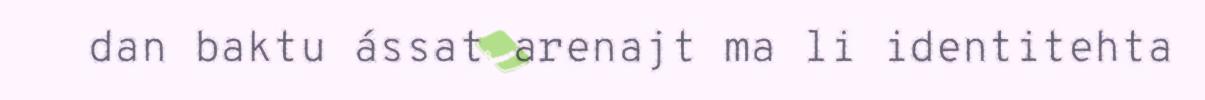
dan baktu ássat arenajt ma li identitehta